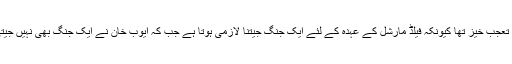
یہ اقدام تعجب خیز تھا کیونکہ فیلڈ مارشل کے عہدہ کے لئے ایک جنگ جیتنا لازمی ہوتا ہے جب کہ ایوب خان نے ایک جنگ بھی نہیں جیتی تھی۔